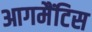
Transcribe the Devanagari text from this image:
आगमैंटिस